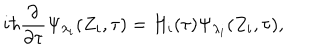
i \hbar \frac \partial { \partial \tau } \Psi _ { \lambda _ { i } } ( Z _ { i } , \tau ) = H _ { i } ( \tau ) \Psi _ { \lambda _ { i } } ( Z _ { i } , \tau ) ,